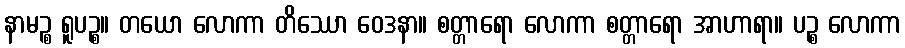
နာမဉ္စ ရူပဉ္စ။ တယော လောကာ တိဿော ဝေဒနာ။ စတ္တာရော လောကာ စတ္တာရော အာဟာရာ။ ပဉ္စ လောကာ